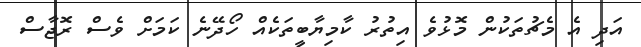
އަދި އެ މެޗުތަކުން މޮޅުވެ އިތުރު ކާމިޔާބީތަކެއް ހޯދޭނެ ކަމަށް ވެސް ރޮޖާސް